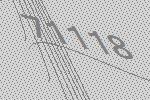
71118